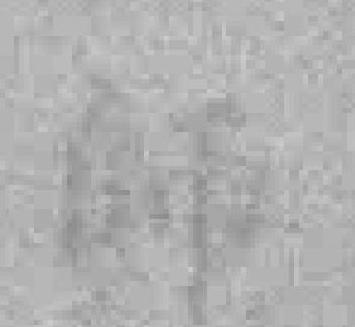
師